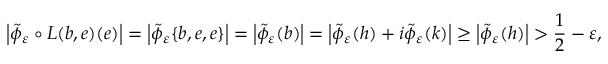
\left| \tilde { \phi } _ { \varepsilon } \circ L ( b , e ) ( e ) \right| = \left| \tilde { \phi } _ { \varepsilon } \{ b , e , e \} \right| = \left| \tilde { \phi } _ { \varepsilon } ( b ) \right| = \left| \tilde { \phi } _ { \varepsilon } ( h ) + i \tilde { \phi } _ { \varepsilon } ( k ) \right| \geq \left| \tilde { \phi } _ { \varepsilon } ( h ) \right| > \frac 1 2 - \varepsilon ,